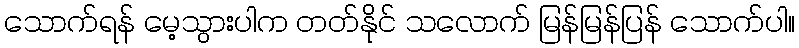
သောက်ရန် မေ့သွားပါက တတ်နိုင် သလောက် မြန်မြန်ပြန် သောက်ပါ။